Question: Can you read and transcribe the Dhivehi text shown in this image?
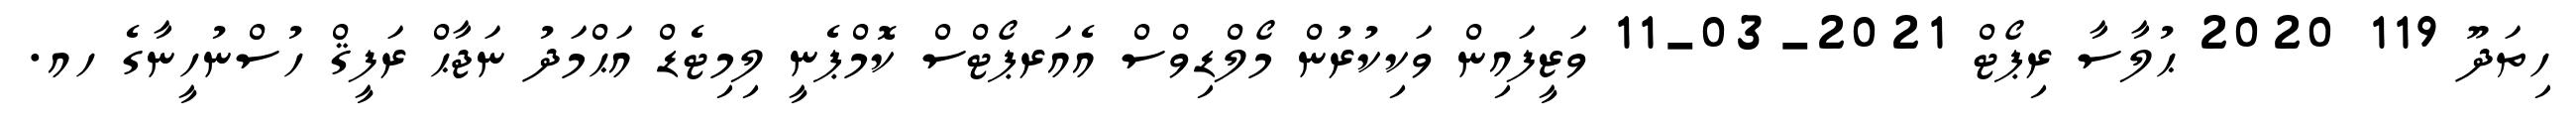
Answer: ހިތަދޫ 119 2020 ޙުލާސާ ރިޕޯޓް 2021-03-11 ވަޒީފައިން ވަކިކުރުން މޯލްޑިވްސް އެއަރޕޯޓްސް ކޮމްޕެނީ ލިމިޓެޑް އަޙްމަދު ނަޖާޙް ރަފީޤް ހުސްނުހީނާގެ ހއ.